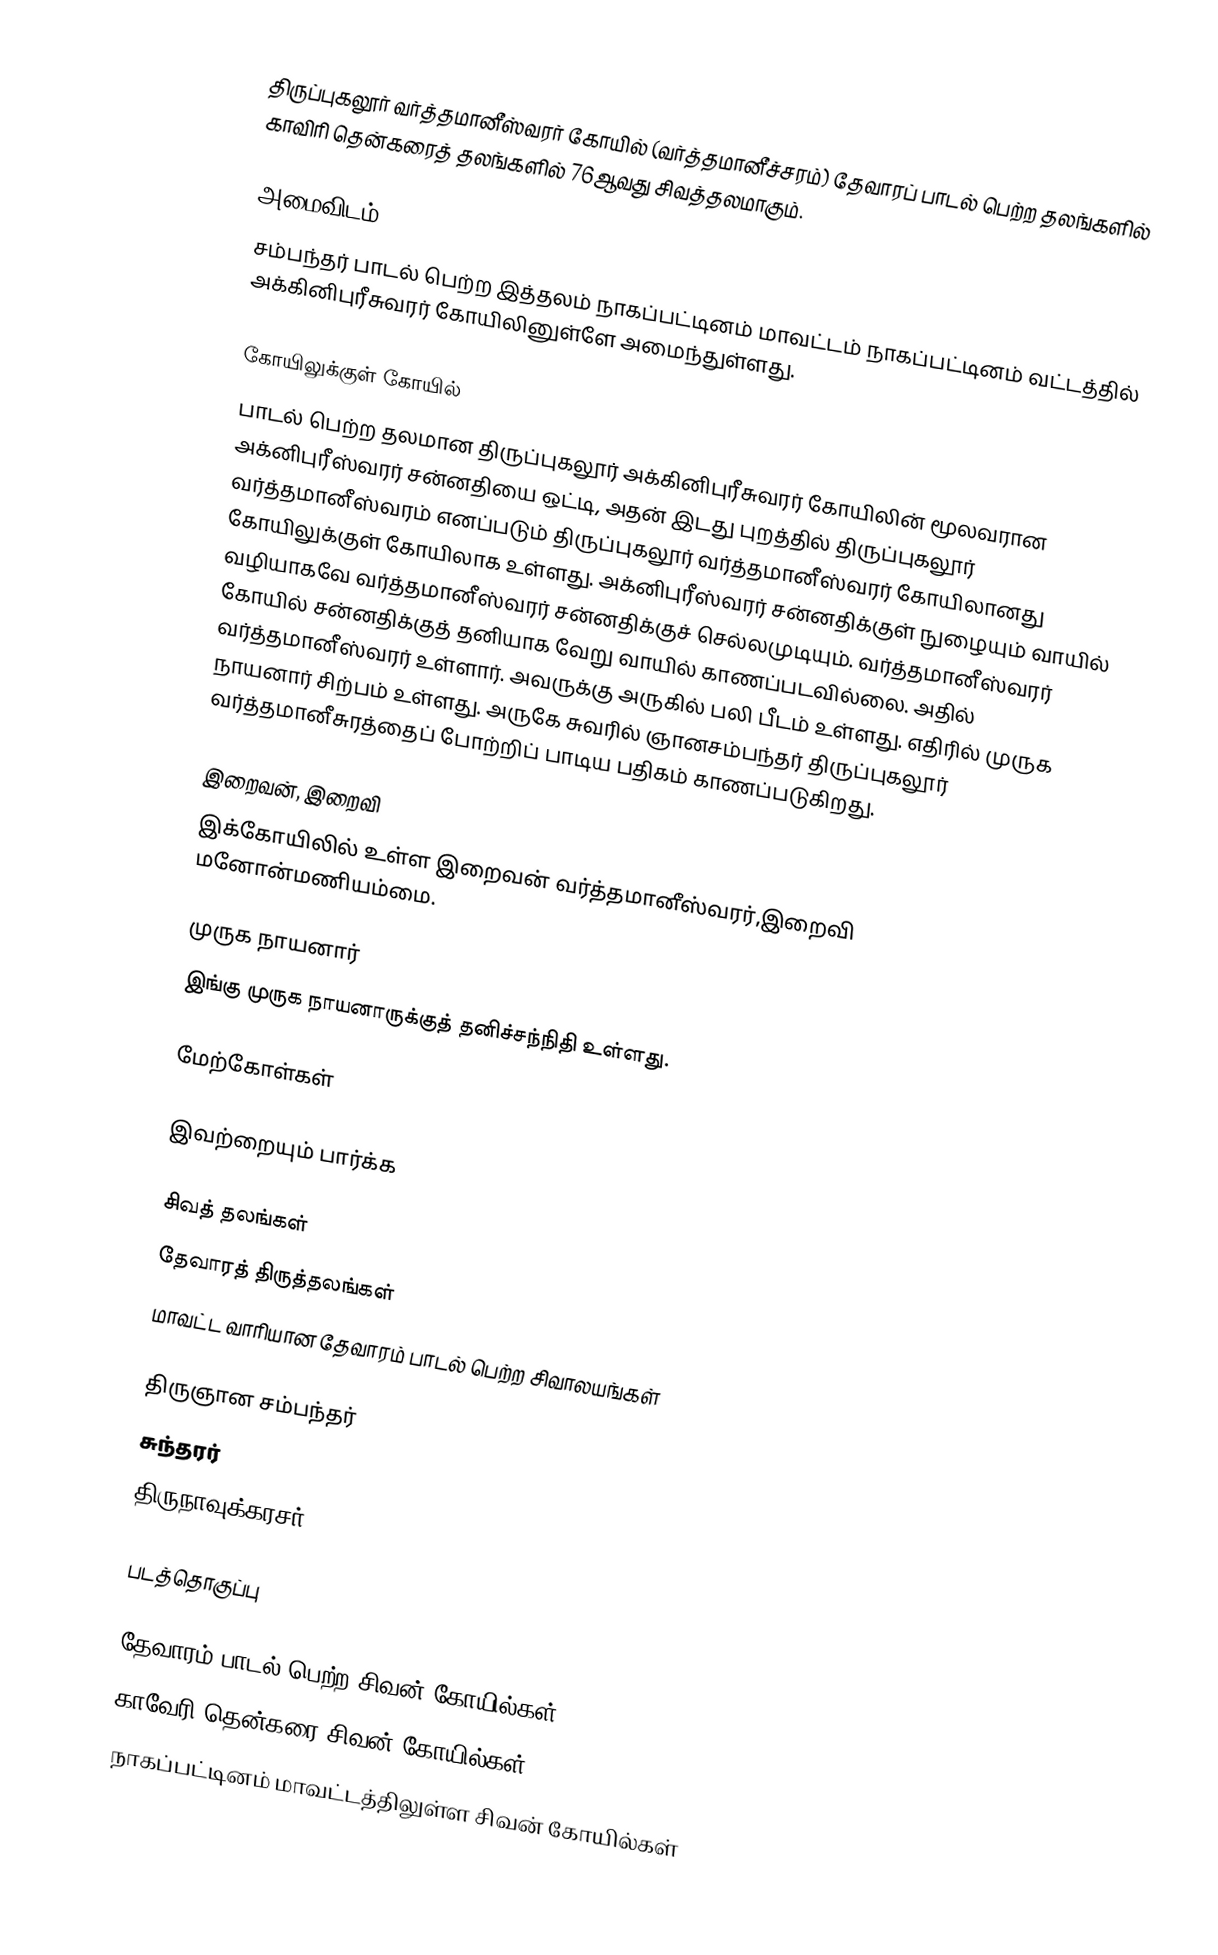
திருப்புகலூர் வர்த்தமானீஸ்வரர் கோயில் (வர்த்தமானீச்சரம்) தேவாரப் பாடல் பெற்ற தலங்களில் காவிரி தென்கரைத் தலங்களில் 76ஆவது சிவத்தலமாகும்.

அமைவிடம்
சம்பந்தர் பாடல் பெற்ற இத்தலம்  நாகப்பட்டினம் மாவட்டம்  நாகப்பட்டினம் வட்டத்தில் அக்கினிபுரீசுவரர் கோயிலினுள்ளே அமைந்துள்ளது.

கோயிலுக்குள் கோயில்
பாடல் பெற்ற தலமான திருப்புகலூர் அக்கினிபுரீசுவரர் கோயிலின் மூலவரான அக்னிபுரீஸ்வரர் சன்னதியை ஒட்டி, அதன் இடது புறத்தில் திருப்புகலூர் வர்த்தமானீஸ்வரம் எனப்படும் திருப்புகலூர் வர்த்தமானீஸ்வரர் கோயிலானது கோயிலுக்குள் கோயிலாக உள்ளது. அக்னிபுரீஸ்வரர் சன்னதிக்குள் நுழையும் வாயில் வழியாகவே  வர்த்தமானீஸ்வரர் சன்னதிக்குச் செல்லமுடியும். வர்த்தமானீஸ்வரர் கோயில் சன்னதிக்குத் தனியாக வேறு வாயில் காணப்படவில்லை. அதில் வர்த்தமானீஸ்வரர் உள்ளார். அவருக்கு அருகில் பலி பீடம் உள்ளது. எதிரில் முருக நாயனார் சிற்பம் உள்ளது. அருகே சுவரில் ஞானசம்பந்தர் திருப்புகலூர் வர்த்தமானீசுரத்தைப் போற்றிப் பாடிய பதிகம் காணப்படுகிறது.

இறைவன், இறைவி
இக்கோயிலில் உள்ள இறைவன் வர்த்தமானீஸ்வரர்,இறைவி மனோன்மணியம்மை.

முருக நாயனார்
இங்கு முருக நாயனாருக்குத் தனிச்சந்நிதி உள்ளது.

மேற்கோள்கள்

இவற்றையும் பார்க்க

 சிவத் தலங்கள்
 தேவாரத் திருத்தலங்கள்
 மாவட்ட வாரியான தேவாரம் பாடல் பெற்ற சிவாலயங்கள்

 திருஞான சம்பந்தர்
 சுந்தரர்
 திருநாவுக்கரசர்

படத்தொகுப்பு

தேவாரம் பாடல் பெற்ற சிவன் கோயில்கள்
காவேரி தென்கரை சிவன் கோயில்கள்
நாகப்பட்டினம் மாவட்டத்திலுள்ள சிவன் கோயில்கள்